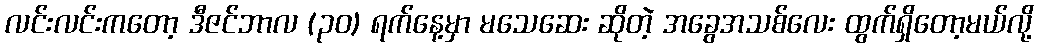
လင်းလင်းကတော့ ဒီဇင်ဘာလ (၃၀) ရက်နေ့မှာ မသေဆေး ဆိုတဲ့ အခွေအသစ်လေး ထွက်ရှိတော့မယ်လို့